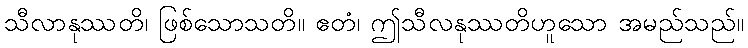
သီလာနုဿတိ၊ ဖြစ်သောသတိ။ ဧတံ၊ ဤသီလနုဿတိဟူသော အမည်သည်။